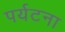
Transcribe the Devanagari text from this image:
पर्यटना